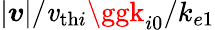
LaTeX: |\boldsymbol{\mathit{v}}|/\mathit{v}_{\mathrm{{th}}i}\ggk_{i0}/k_{e1}